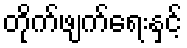
တိုက်ဖျက်ရေးနှင့်